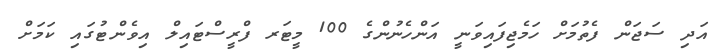
އަދި ސަޖަން ފެތުމަށް ހަމެޖިފައިވަނީ އަންހެނުންގެ 100 މީޓަރ ފްރީސްޓައިލް އިވެންޓުގައި ކަމަށް